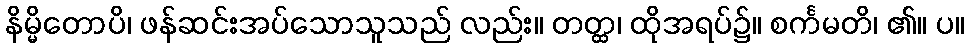
နိမ္မိတောပိ၊ ဖန်ဆင်းအပ်သောသူသည် လည်း။ တတ္ထ၊ ထိုအရပ်၌။ စင်္ကမတိ၊ ၏။ ပ။